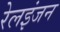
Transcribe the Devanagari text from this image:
रेलइंजन